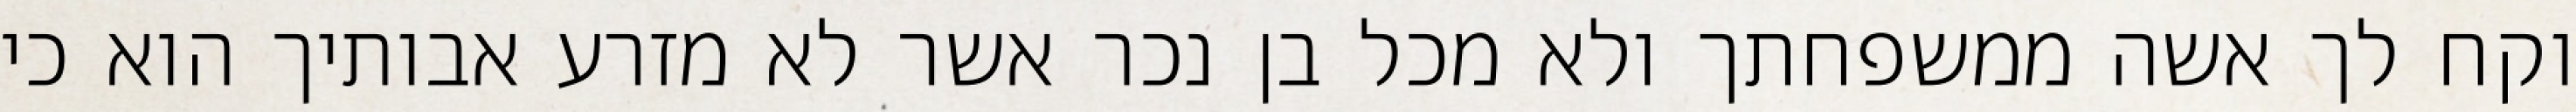
וקח לך אשה ממשפחתך ולא מכל בן נכר אשר לא מזרע אבותיך הוא כי